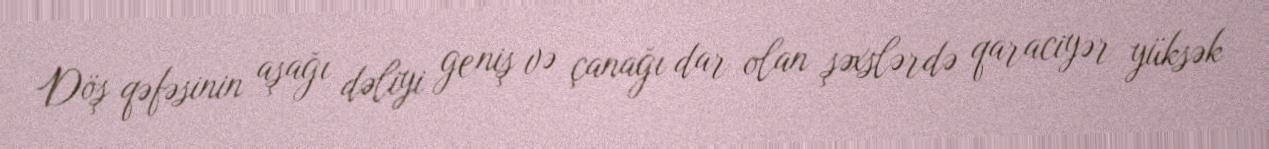
Döş qəfəsinin aşağı dəliyi geniş və çanağı dar olan şəxslərdə qaraciyər yüksək